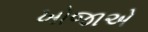
ખોજાએ